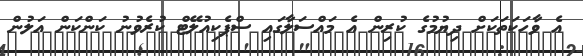
އެ ވާހަކަތަކަށް ދިޔުމުގެ ކުރިން އެ މައްސަލާގައި ސްޕެކިއުލޭޓް ކުރެވުނު ކަންކަން އަލުން